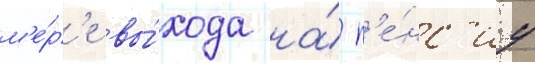
м'е́р'е вы́хода на́ п'е́нс'иу